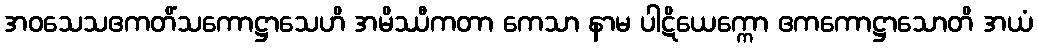
အဝသေသဧကတိံသကောဋ္ဌာသေဟိ အမိဿီကတာ ကေသာ နာမ ပါဋိယေက္ကော ဧကကောဋ္ဌာသောတိ အယံ